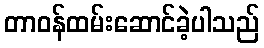
တာဝန်ထမ်းဆောင်ခဲ့ပါသည်